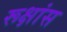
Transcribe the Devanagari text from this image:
रूक्षांस